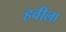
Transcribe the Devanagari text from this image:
हवीला